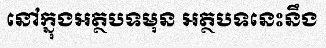
នៅក្នុងអត្ថបទមុន អត្ថបទនេះនឹង